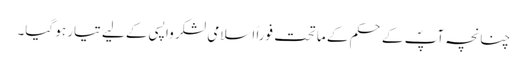
چنانچہ آپؐ کے حکم کے ماتحت فوراً اسلامی لشکر واپسی کے لیے تیار ہو گیا۔